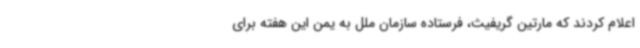
اعلام کردند که مارتین گریفیث، فرستاده سازمان ملل به یمن این هفته برای